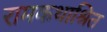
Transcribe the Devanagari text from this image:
रामकथाश्रित